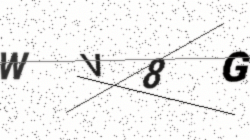
Text: WV8G